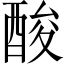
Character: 酸